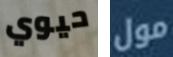
حيوي مول